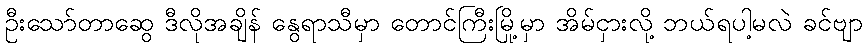
ဦးသော်တာဆွေ ဒီလိုအချိန် နွေရာသီမှာ တောင်ကြီးမြို့မှာ အိမ်ငှားလို့ ဘယ်ရပါ့မလဲ ခင်ဗျာ